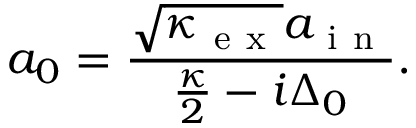
a _ { 0 } = \frac { \sqrt { \kappa _ { \mathrm { ~ e ~ x ~ } } } a _ { \mathrm { ~ i ~ n ~ } } } { \frac { \kappa } { 2 } - i \Delta _ { 0 } } .